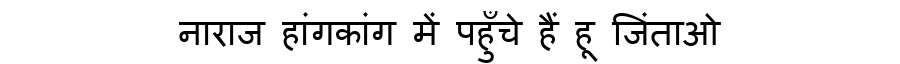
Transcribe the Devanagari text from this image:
नाराज हांगकांग में पहुँचे हैं हू जिंताओ